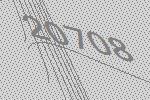
20708